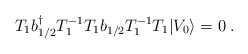
\begin{align*}T_1 b{^\dagger _ {1/2}} T^{-1}_1 T_1 b_{1/2} T^{-1}_1 T_1 \vert V_0\rangle = 0\; .\end{align*}